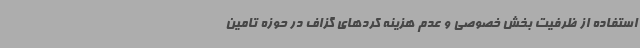
استفاده از ظرفیت بخش خصوصی و عدم هزینه کردهای گزاف در حوزه تامین